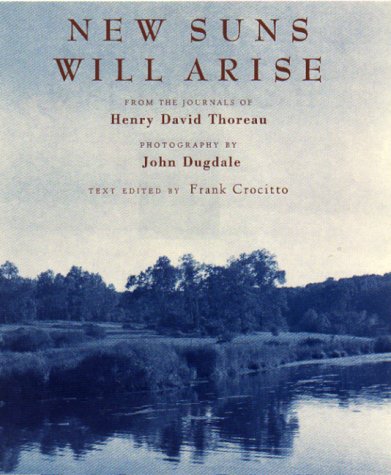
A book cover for New Suns Will Arise : From the Journals of Henry David Thoreau; Henry David Thoreau; Teen & Young Adult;